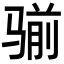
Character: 𩨊